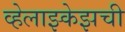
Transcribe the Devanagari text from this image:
व्हेलाझ्केझची